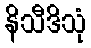
နိသီဒိသုံ